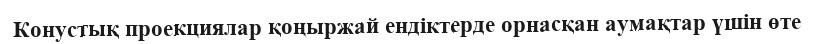
Конустық проекциялар қоңыржай ендіктерде орнасқан аумақтар үшін өте